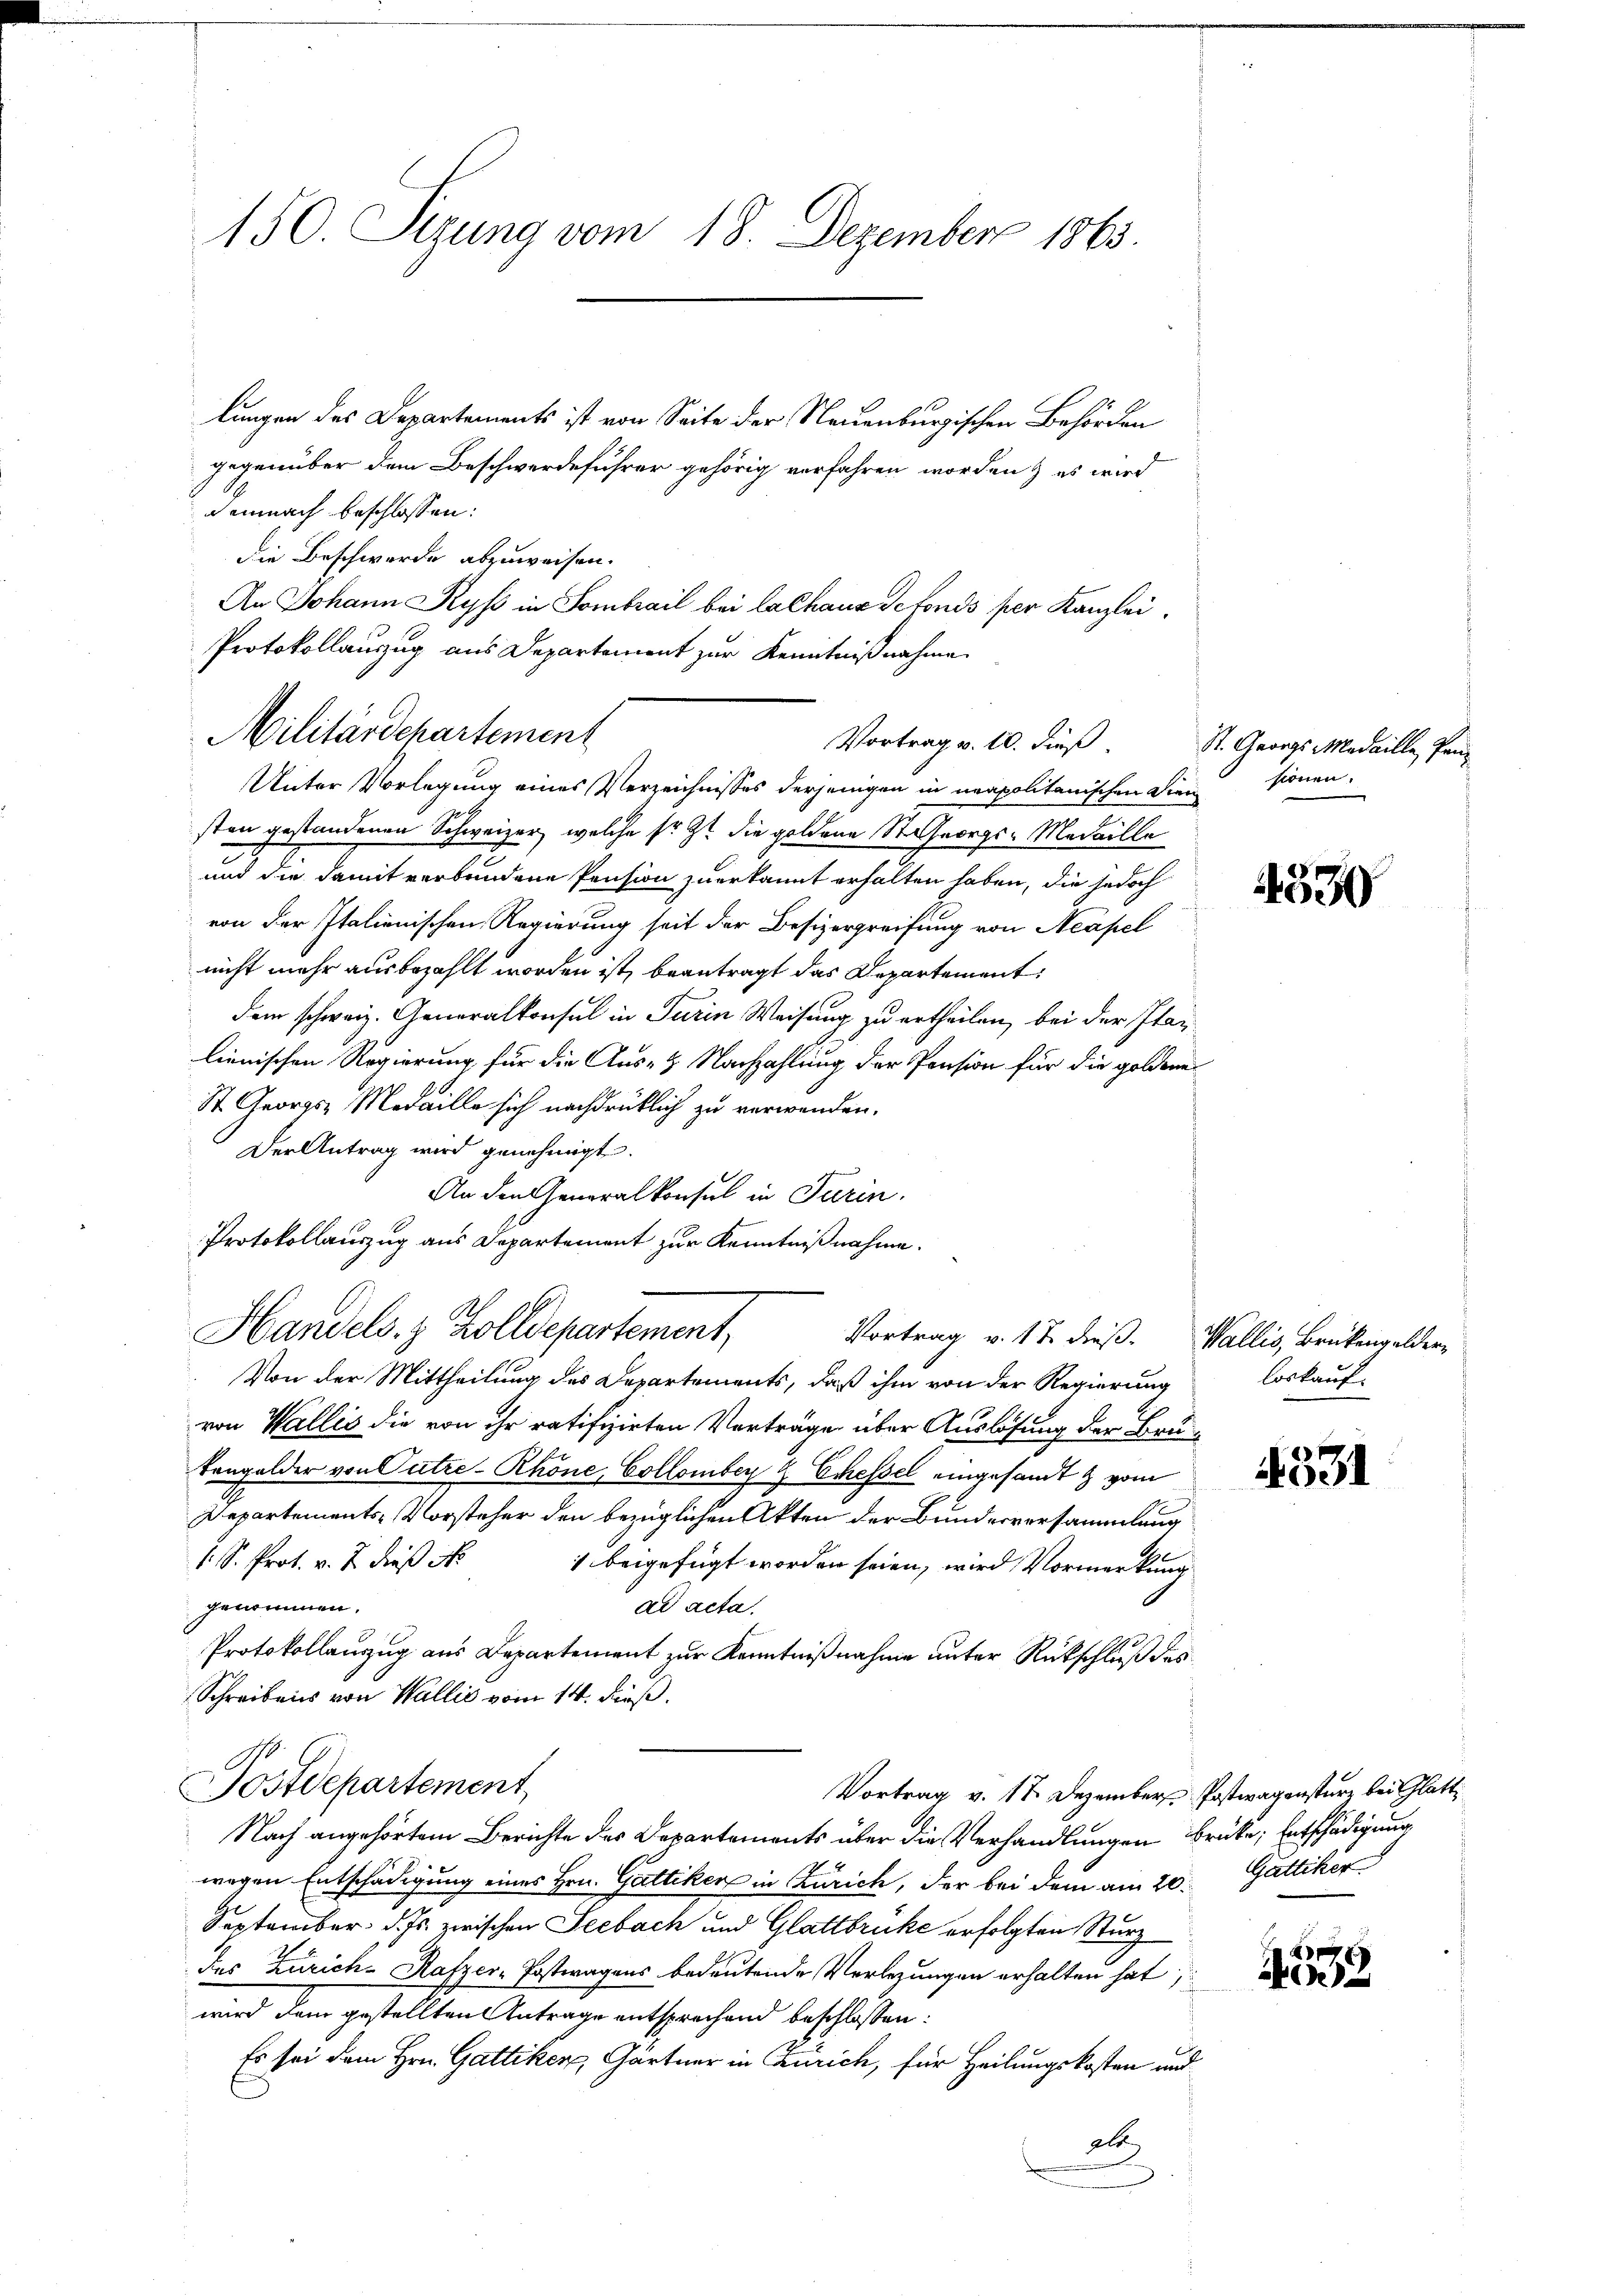
150. Sezung vom 18. Dezember 1865

lungen des Departements ist von Seite der Neuenburgischen Behörden
gegenüber dem Beschwerdeführer gehörig verfahren worden, es wird
demnach beschlossen:
Die Beschwerde abzuweisen.
An Johann Ryf in Sombrail bei Lalhaus Sefonds per Kanzlei.
Protokollauszug aus Departement zur Kenntnißnahme.
Unter Vorlegung eines Verzeichnisses derjenigen in neapolitanischen Diensionen.
sten gestandenen Schweizer, welche sr. Zt. die goldene St. George-Medaille
2
und die damit verbundene Pension zuerkannt erhalten haben, die jedoch
von der Italienischen Regierung seit der Besizergreifung von Neapel
nicht mehr ausbezahlt worden ist, beantragt das Departement
dem schweiz. Generalkonsul in Turin Weisung zu ertheilen, bei der Italienischen Regierung für die Aus- & Nachzahlung der Pension für die goldene
St. Georgs Medaille sich nachdrücklich zu verwenden.
Der Antrag wird genehmigt.
An den Generalkonsul in Turin.
Protokollauszug aus Departement zur Kenntnißnahme.
Handels. z. Zolldepartement,
Vortrag v. 17. dieß. Wallis, Brükengelder
Von der Mittheilung des Departements, daß ihm von der Regierung
von Wallis die von ihr ratifizirten Vorträge über Auslösung der Brutengolder von Putze-Rhone, Collomber 2 Ecessel eingesandt & vom
Departements-Vorsteher den bezüglichen Akten der Bundesversammlung
1. S. Prof. v. J. dieß ist
1 beigefügt worden seien, wird Vormerkung
genommen.
ad acta.
Protokollauszug aus Departement zur Kenntnißnahme unter Rückschluß des
Schreibens von Wallis vom 14. dieß.
Postdepartement
Vortrag v. 17 Dezember Postwagensturz bei Glatt¬
Nach angehörtem Berichte des Departements über die Verhandlungen brüke; Entschädigung
wegen Entschädigung eines Hrn. Gattiker in Zürich, der bei dem am 20. Gattiker
September. d. Js. zwischen Seebach und Glattbrüke erfolgten Sturz
das Zürich-Kafzer-Postwagens bedeutende Verlegungen erhalten hat
wird dem gestellten Antrage entsprechend beschlossen:
Es sei dem Hrn. Gattiken, Gärtner in Zürich, für Heilungskosten und
de

Militärdepartement

Vortrag v. 10. dieß

St. Georgs-Medaille, Pan¬

530

loskauf.

4531

A
e